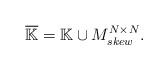
LaTeX: \begin{align*}\overline{\mathbb K}={\mathbb K}\cup {M^{N\times N}_{skew}}.\end{align*}